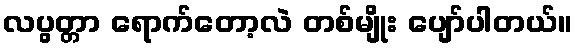
လပွတ္တာ ရောက်တော့လဲ တစ်မျိုး ပျော်ပါတယ်။